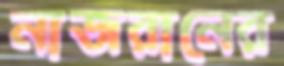
নাজরানের